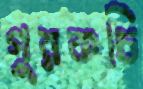
গুরকচি